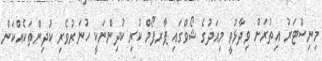
މިނިސްޓަރު އިތުރަށް ވިދާޅުވީ މިއަދުގެ ޝޯވްގައި ޕާރފޯމް ކުރި ކުދިންނަކީ ހުނަރުވެރި ކުދިންތަކެއްކަން